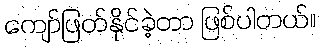
ကျော်ဖြတ်နိုင်ခဲ့တာ ဖြစ်ပါတယ်။